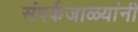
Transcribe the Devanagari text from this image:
संपर्कजाळ्यांनी